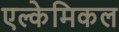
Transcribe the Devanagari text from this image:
एल्केमिकल